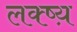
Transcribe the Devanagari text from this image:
लक्ष्य़